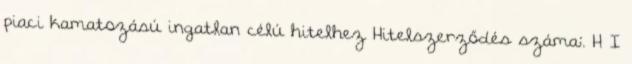
piaci kamatozású ingatlan célú hitelhez Hitelszerződés száma:. H I